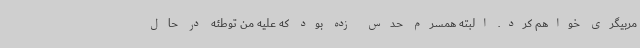
مربیگری خواهم کرد. البته همسرم حدس زده بود که علیه من توطئه در حال